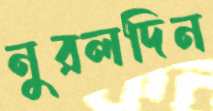
নুরলদিন